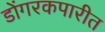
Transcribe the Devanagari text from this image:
डोंगरकपारीत